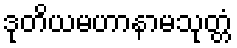
ဒုတိယမဟာနာမသုတ္တံ